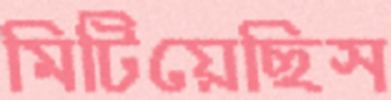
মিটিয়েছিস